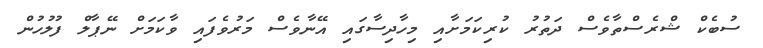
ސުބެކް ޝްރެސްތާވެސް ދަތުރު ކުރިކަމަށާއި މިހާދިސާގައި އޭނާވެސް މަރުވެފައި ވާކަމަށް ނޭޕާލް ފުލުހުން